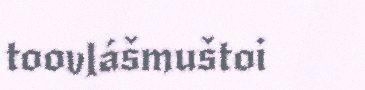
toovlášmuštoi